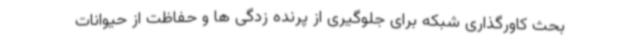
بحث کاورگذاری شبکه برای جلوگیری از پرنده زدگی ها و حفاظت از حیوانات